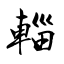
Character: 輜